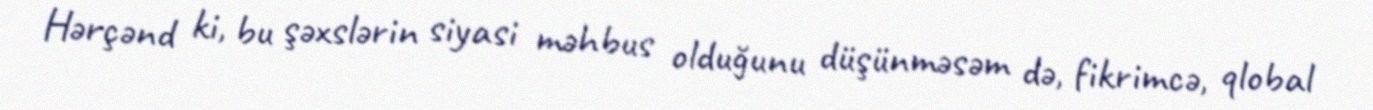
Hərçənd ki, bu şəxslərin siyasi məhbus olduğunu düşünməsəm də, fikrimcə, qlobal